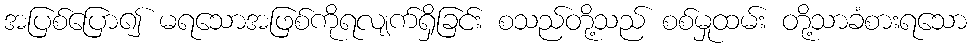
အပြစ်ပြော၍ မရသောအဖြစ်ကိုရလျက်ရှိခြင်း စသည်တို့သည် စစ်မှုထမ်း တို့သာခံစားရသော